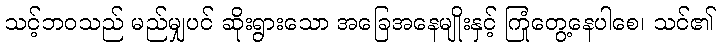
သင့်ဘဝသည် မည်မျှပင် ဆိုးရွားသော အခြေအနေမျိုးနှင့် ကြုံတွေ့နေပါစေ၊ သင်၏